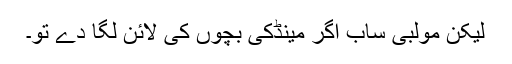
لیکن مولبی ساب اگر مینڈکی بچوں کی لائن لگا دے تو۔